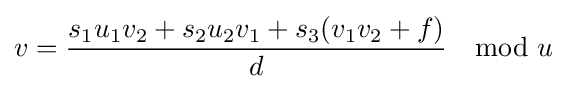
v={\frac {s_{1}u_{1}v_{2}+s_{2}u_{2}v_{1}+s_{3}(v_{1}v_{2}+f)}{d}}\mod u